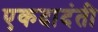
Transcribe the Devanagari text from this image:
एकदादंती